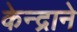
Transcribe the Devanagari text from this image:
केन्द्राने